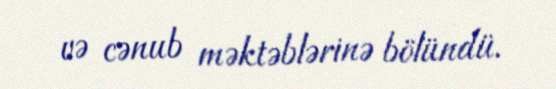
və cənub məktəblərinə bölündü.